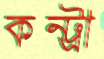
কন্ট্রা